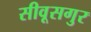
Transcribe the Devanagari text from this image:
सीवूसगुर